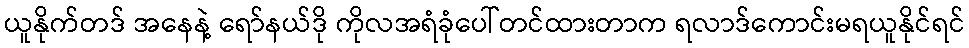
ယူနိုက်တဒ် အနေနဲ့ ရော်နယ်ဒို ကိုလအရံခုံပေါ်တင်ထားတာက ရလာဒ်ကောင်းမရယူနိုင်ရင်